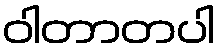
ဝါတာတပါ